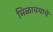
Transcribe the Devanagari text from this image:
मिळावयाचे